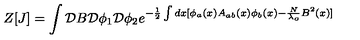
Z [ J ] = \int { \cal D } B { \cal D } \phi _ { 1 } { \cal D } \phi _ { 2 } e ^ { - \frac { 1 } { 2 } \int d x [ \phi _ { a } ( x ) A _ { a b } ( x ) \phi _ { b } ( x ) - \frac { N } { \lambda _ { o } } B ^ { 2 } ( x ) ] }